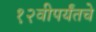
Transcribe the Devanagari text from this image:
१२वीपर्यंतचे